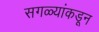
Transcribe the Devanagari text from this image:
सगळ्यांकडून